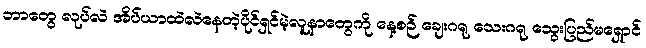
ဘာတွေ လုပ်လဲ အိပ်ယာထဲလဲနေတဲ့ပိုင်ရှင်မဲ့လူနာတွေကို နေ့စဉ် ချေးဂရု သေးဂရု သွေးပြည်မရှောင်